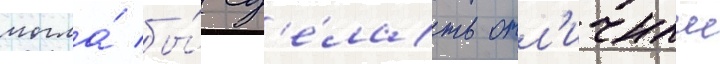
могла́ бы́ сд'е́лать отл'ичныи